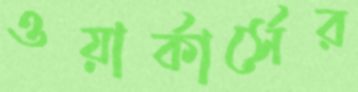
ওয়ার্কার্সের